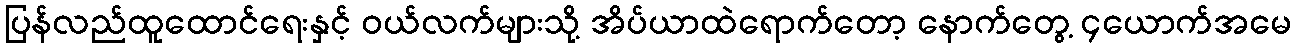
ပြန်လည်ထူထောင်ရေးနှင့် ဝယ်လက်များသို့ အိပ်ယာထဲရောက်တော့ နောက်တွေ့ ၄ယောက်အမေ